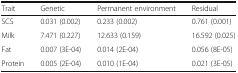
<table><thead><tr><td><b>Trait</b></td><td><b>Genetic</b></td><td><b>Permanent environment</b></td><td><b>Residual</b></td></tr></thead><tbody><tr><td>SCS</td><td>0.031 (0.002)</td><td>0.233 (0.002)</td><td>0.761 (0.001)</td></tr><tr><td>Milk</td><td>7.471 (0.227)</td><td>12.633 (0.159)</td><td>16.592 (0.025)</td></tr><tr><td>Fat</td><td>0.007 (3E-04)</td><td>0.014 (2E-04)</td><td>0.056 (8E-05)</td></tr><tr><td>Protein</td><td>0.005 (2E-04)</td><td>0.010 (1E-04)</td><td>0.021 (3E-05)</td></tr></tbody></table>